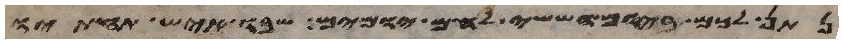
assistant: נתן לכם ביום הששי לחם יומים שבו איש תחתיו